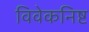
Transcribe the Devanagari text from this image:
विवेकनिष्ट